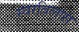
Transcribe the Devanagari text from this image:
स्वरविलास